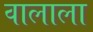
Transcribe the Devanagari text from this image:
वालाला